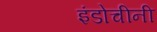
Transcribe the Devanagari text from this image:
इंडोचीनी